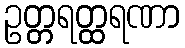
ဥတ္တရတ္ထရဏာ